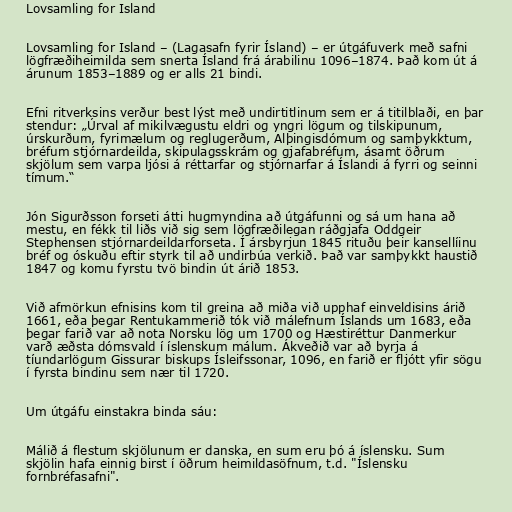
Lovsamling for Island

Lovsamling for Island – (Lagasafn fyrir Ísland) – er útgáfuverk með safni
lögfræðiheimilda sem snerta Ísland frá árabilinu 1096–1874. Það kom út á
árunum 1853–1889 og er alls 21 bindi.

Efni ritverksins verður best lýst með undirtitlinum sem er á titilblaði, en þar
stendur: „Úrval af mikilvægustu eldri og yngri lögum og tilskipunum,
úrskurðum, fyrimælum og reglugerðum, Alþingisdómum og samþykktum,
bréfum stjórnardeilda, skipulagsskrám og gjafabréfum, ásamt öðrum
skjölum sem varpa ljósi á réttarfar og stjórnarfar á Íslandi á fyrri og seinni
tímum.“

Jón Sigurðsson forseti átti hugmyndina að útgáfunni og sá um hana að
mestu, en fékk til liðs við sig sem lögfræðilegan ráðgjafa Oddgeir
Stephensen stjórnardeildarforseta. Í ársbyrjun 1845 rituðu þeir kansellíinu
bréf og óskuðu eftir styrk til að undirbúa verkið. Það var samþykkt haustið
1847 og komu fyrstu tvö bindin út árið 1853.

Við afmörkun efnisins kom til greina að miða við upphaf einveldisins árið
1661, eða þegar Rentukammerið tók við málefnum Íslands um 1683, eða
þegar farið var að nota Norsku lög um 1700 og Hæstiréttur Danmerkur
varð æðsta dómsvald í íslenskum málum. Ákveðið var að byrja á
tíundarlögum Gissurar biskups Ísleifssonar, 1096, en farið er fljótt yfir sögu
í fyrsta bindinu sem nær til 1720.

Um útgáfu einstakra binda sáu:

Málið á flestum skjölunum er danska, en sum eru þó á íslensku. Sum
skjölin hafa einnig birst í öðrum heimildasöfnum, t.d. "Íslensku
fornbréfasafni".